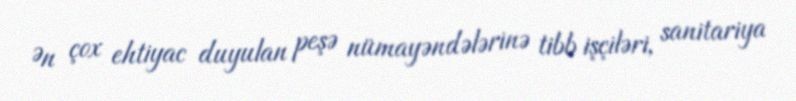
Ən çox ehtiyac duyulan peşə nümayəndələrinə tibb işçiləri, sanitariya